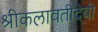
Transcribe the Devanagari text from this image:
श्रीकलावतीदेवी